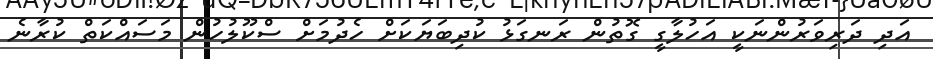
އަދި ދަރިވަރުންނަކީ އަހުލާގީ ގޮތުން ރަނގަޅު ކުދިބަޔަކަށް ހެދުމަށް ސްކޫލުހުން މަސައްކަތް ކުރާނެ